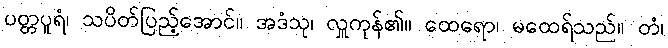
ပတ္တပူရံ၊ သပိတ်ပြည့်အောင်။ အဒံသု၊ လှူကုန်၏။ ထေရော၊ မထေရ်သည်။ တံ၊